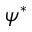
\psi ^ { * }